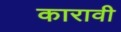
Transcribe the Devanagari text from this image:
कारावी